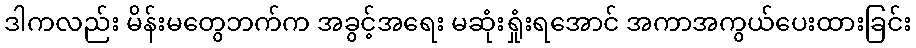
ဒါကလည်း မိန်းမတွေဘက်က အခွင့်အရေး မဆုံးရှုံးရအောင် အကာအကွယ်ပေးထားခြင်း